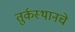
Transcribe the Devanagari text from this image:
तुर्कस्थानचे